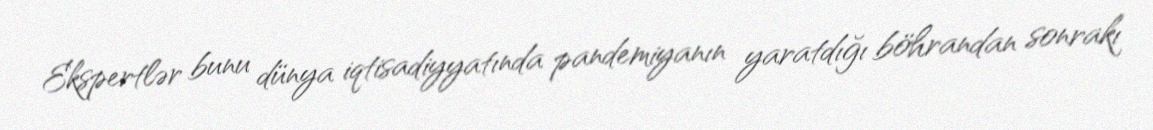
Ekspertlər bunu dünya iqtisadiyyatında pandemiyanın yaratdığı böhrandan sonrakı